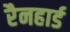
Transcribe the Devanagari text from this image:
रैनहार्ड